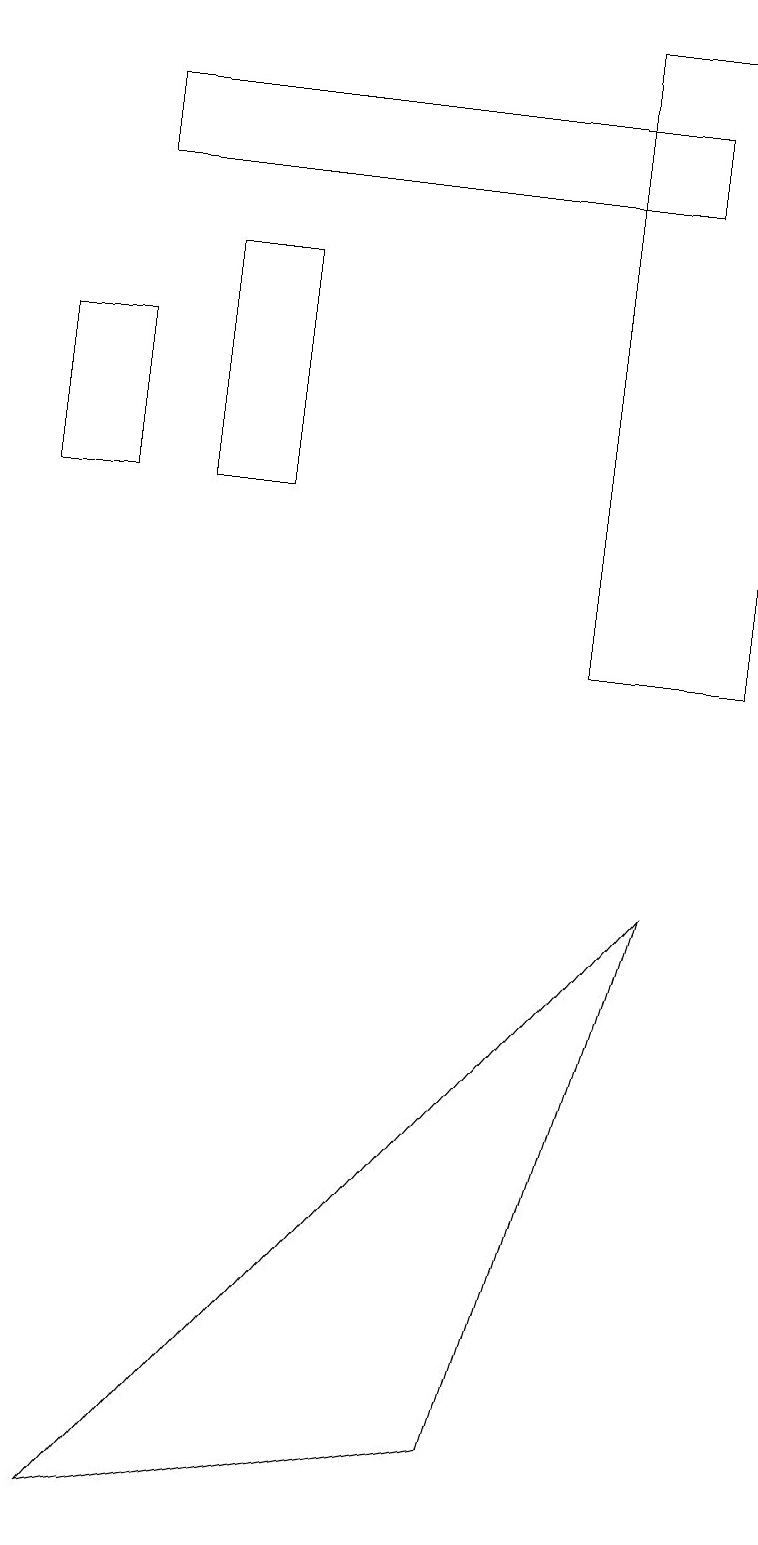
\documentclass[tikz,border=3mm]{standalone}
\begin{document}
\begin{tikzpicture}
\draw (7,19) rectangle (9,11);
\draw (2,13) rectangle (3,16);
\draw (1,15) rectangle (0,13);
\draw (8,17) rectangle (1,18);
\draw (6,1) -- (1,0) -- (8,8) -- cycle;
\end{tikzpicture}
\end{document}